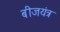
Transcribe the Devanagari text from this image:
बीजयंत्र